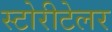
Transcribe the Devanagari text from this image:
स्टोरीटेलर